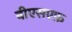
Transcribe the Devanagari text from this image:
बीएसएफ़